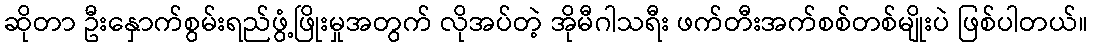
ဆိုတာ ဦးနှောက်စွမ်းရည်ဖွံ့ဖြိုးမှုအတွက် လိုအပ်တဲ့ အိုမီဂါသရီး ဖက်တီးအက်စစ်တစ်မျိုးပဲ ဖြစ်ပါတယ်။